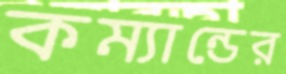
কম্যান্ডের